Indian journal of veterinary science and animal husbandry - Volumes 22-23, 1952-1953
Year: 1952
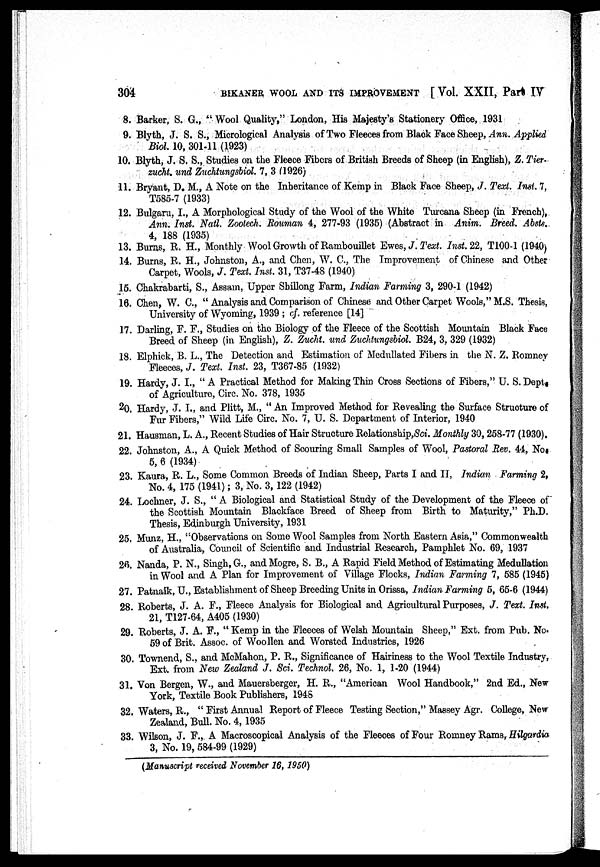
304
BIKANER WOOL AND ITS IMPROVEMENT [Vol. XXII, Part IV
8. Barker, S. G., "Wool Quality," London, His Majesty's Stationery Office, 1931
9. Blyth, J. S. S., Micrological Analysis of Two Fleeces from Black Face Sheep, Ann. Applied
Biol. 10, 301-11 (1923)
10. Blyth, J. S. S., Studies on the Fleece Fibers of British Breeds of Sheep (in English), Z. Tier-
zucht. und Zuchtungsbiol. 7, 3 (1926)
11. Bryant, D. M., A Note on the Inheritance of Kemp in Black Face Sheep, J. Text. Inst. 7,
T585-7 (1933)
12. Bulgaru, I., A Morphological Study of the Wool of the White Turcana Sheep (in French),
Ann. Inst. Natl. Zootech. Rouman 4, 277-93 (1935) (Abstract in Anim. Breed. Absts.
4, 188 (1935)
13. Burns, R. H., Monthly Wool Growth of Rambouillet Ewes, J. Text. Inst. 22, T100-1 (1940)
14. Burns, R. H., Johnston, A., and Chen, W. C., The Improvement of Chinese and Other
Carpet, Wools, J. Text. Inst. 31, T37-48 (1940)
15. Chakrabarti, S., Assam, Upper Shillong Farm, Indian Farming 3, 290-1 (1942)
16. Chen, W. C., "Analysis and Comparison of Chinese and Other Carpet Wools," M.S. Thesis,
University of Wyoming, 1939; of. reference [14]
17. Darling, F. F., Studies on the Biology of the Fleece of the Scottish Mountain Black Face
Breed of Sheep (in English), Z. Zucht. und Zuchtungsbiol. B24, 3, 329 (1932)
18. Elphick, B. L., The Detection and Estimation of Medullated Fibers in the N. Z. Romney
Fleeces, J. Text. Inst. 23, T367-85 (1932)
19. Hardy, J. I., "A Practical Method for Making Thin Cross Sections of Fibers," U. S. Dept.
of Agriculture, Circ. No. 378, 1935
20. Hardy, J. I., and Plitt, M., "An Improved Method for Revealing the Surface Structure of
Fur Fibers," Wild Life Circ. No. 7, U. S. Department of Interior, 1940
21. Hausman, L. A., Recent Studies of Hair Structure Relationship, Sci. Monthly 30, 258-77 (1930).
22. Johnston, A., A Quick Method of Scouring Small Samples of Wool, Pastoral Rev. 44, No.
5, 6 (1934)
23. Kaura, R. L., Some Common Breeds of Indian Sheep, Parts I and II, Indian Farming 2,
No. 4, 175 (1941); 3, No. 3, 122 (1942)
24. Lochner, J. S., "A Biological and Statistical Study of the Development of the Fleece of
the Scottish Mountain Blackface Breed of Sheep from Birth to Maturity," Ph.D.
Thesis, Edinburgh University, 1931
25. Munz, H., "Observations on Some Wool Samples from North Eastern Asia," Commonwealth
of Australia, Council of Scientific and Industrial Research, Pamphlet No. 69, 1937
26. Nanda, P. N., Singh, G., and Mogre, S. B., A Rapid Field Method of Estimating Medullation
in Wool and A Plan for Improvement of Village Flocks, Indian Farming 7, 585 (1945)
27. Patnaik, U., Establishment of Sheep Breeding Units in Orissa, Indian Farming 5, 65-6 (1944)
28. Roberts, J. A. F., Fleece Analysis for Biological and Agricultural Purposes, J. Text. Inst.
21, T127-64, A405 (1930)
29. Roberts, J. A. F., "Kemp in the Fleeces of Welsh Mountain Sheep," Ext. from Pub. No.
59 of Brit. Assoc. of Woollen and Worsted Industries, 1926
30. Townend, S., and McMahon, P. R., Significance of Hairiness to the Wool Textile Industry,
Ext. from New Zealand J. Sci. Technol. 26, No. 1, 1-20 (1944)
31. Von Bergen, W., and Mauersberger, H. R., "American Wool Handbook," 2nd Ed., New
York, Textile Book Publishers, 1948
32. Waters, R., "First Annual Report of Fleece Testing Section," Massey Agr. College, New
Zealand, Bull. No. 4, 1935
33. Wilson, J. F., A Macroscopical Analysis of the Fleeces of Four Romney Rams, Hilgardia
3, No. 19, 584-99 (1929)
(Manuscript received November 16, 1950)